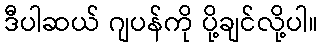
ဒီပါဆယ် ဂျပန်ကို ပို့ချင်လို့ပါ။